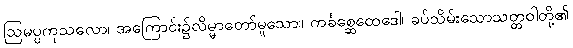
ဩမပ္ပကုသလော၊ အကြောင်း၌လိမ္မာတော်မူသော။ ကင်္ခစ္ဆေထေဒေါ၊ ခပ်သိမ်းသောသတ္တဝါတို့၏